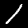
Digit: 1